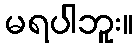
မရပါဘူး။